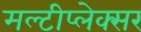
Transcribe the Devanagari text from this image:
मल्टीप्लेक्सर